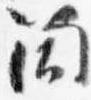
筒